Assam Mental Hospital (Tezpur, India) - 1933-1948
Year: 1933
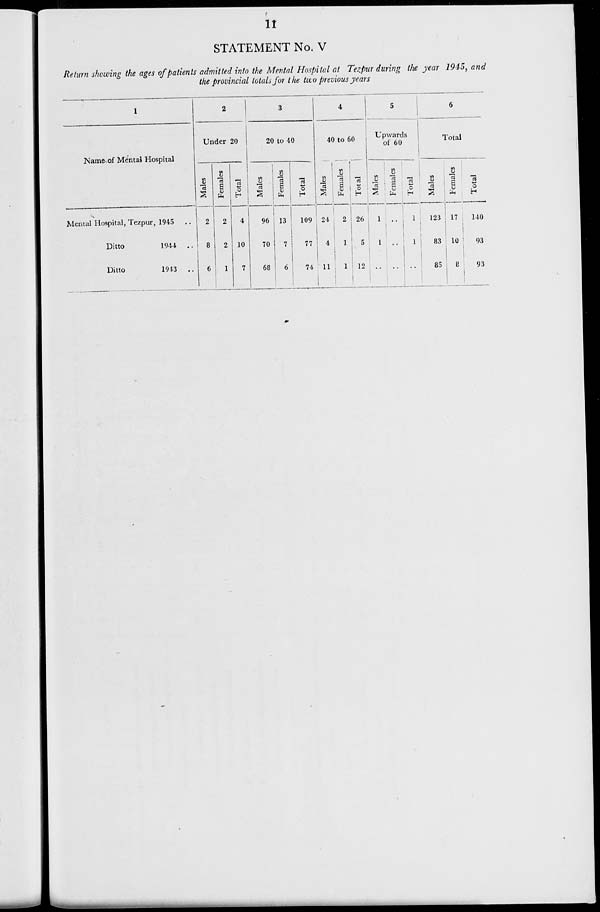
11
STATEMENT No. V
Return showing the ages of patients admitted into the Mental Hospital at Tezpur during the year 1945, and
the provincial totals for the two previous years
1
Name of Mental Hospital
Mental Hospital, Tezpur, 1945 ..
Ditto
1944
..
Ditto
1943 ..
2
Under 20
Males
2
8
6
Females
2
2
1
Total
4
10
7
3
20 to 40
Males
96
70
68
Females
13
7
6
Total
109
77
74
4
40 to 60
Males
24
4
11
Females
2
1
l
Total
26
5
12
5
Upwards
of 60
Males
1
1
..
Females
..
..
..
Total
1
1
..
6
Total
Males
123
83
85
Females
17
10
8
Total
140
93
93